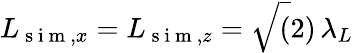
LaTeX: L_{\mathrm{~s~i~m~},x}=L_{\mathrm{~s~i~m~},z}=\sqrt(2)\, \lambda_{L}